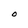
Character: O